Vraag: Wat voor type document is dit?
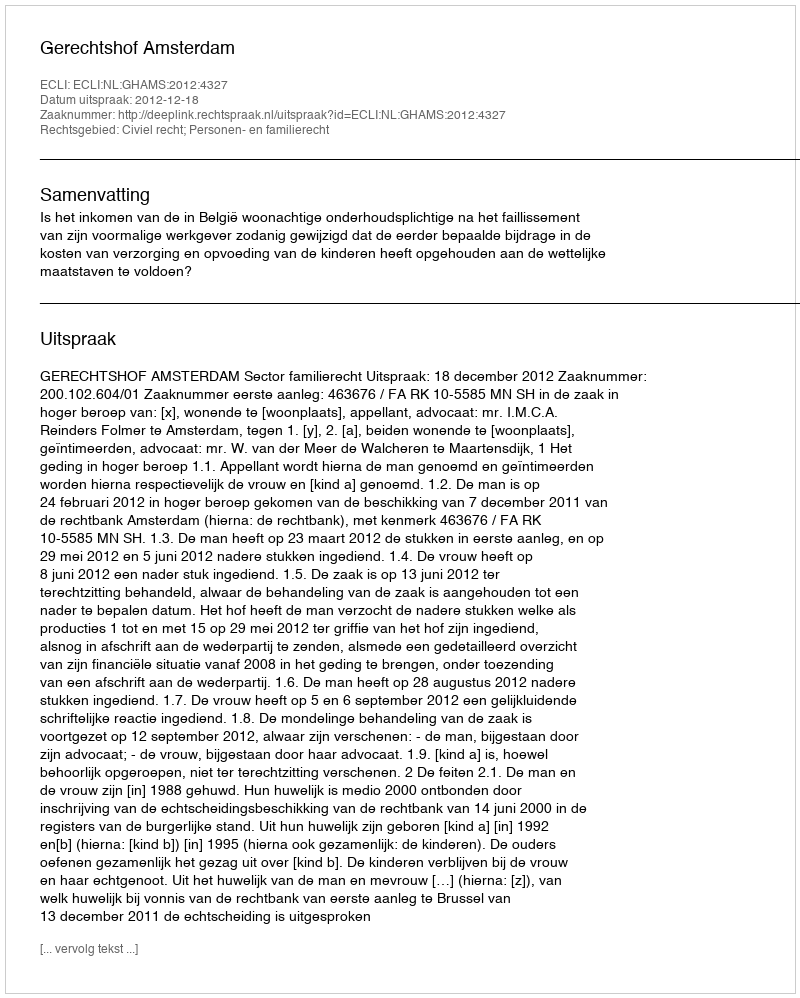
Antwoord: Uitspraak